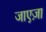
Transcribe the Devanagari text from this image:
जाएज़ा